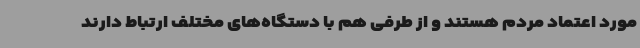
مورد اعتماد مردم هستند و از طرفی هم با دستگاه‌های مختلف ارتباط دارند